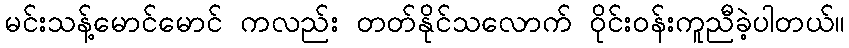
မင်းသန့်မောင်မောင် ကလည်း တတ်နိုင်သလောက် ဝိုင်းဝန်းကူညီခဲ့ပါတယ်။